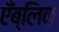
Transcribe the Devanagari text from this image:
एँब्लिक